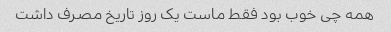
همه چی خوب بود فقط ماست یک روز تاریخ مصرف داشت